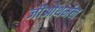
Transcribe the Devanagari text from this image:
जीओथर्मल